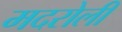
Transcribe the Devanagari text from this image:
मदरोली